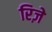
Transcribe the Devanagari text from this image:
रिज़े